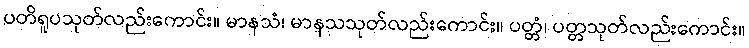
ပတိရူပသုတ်လည်းကောင်း။ မာနသံ၊ မာနသသုတ်လည်းကောင်း။ ပတ္တံ၊ ပတ္တသုတ်လည်းကောင်း။